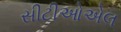
સીટીઓએલ